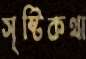
সৃষ্টিকথা